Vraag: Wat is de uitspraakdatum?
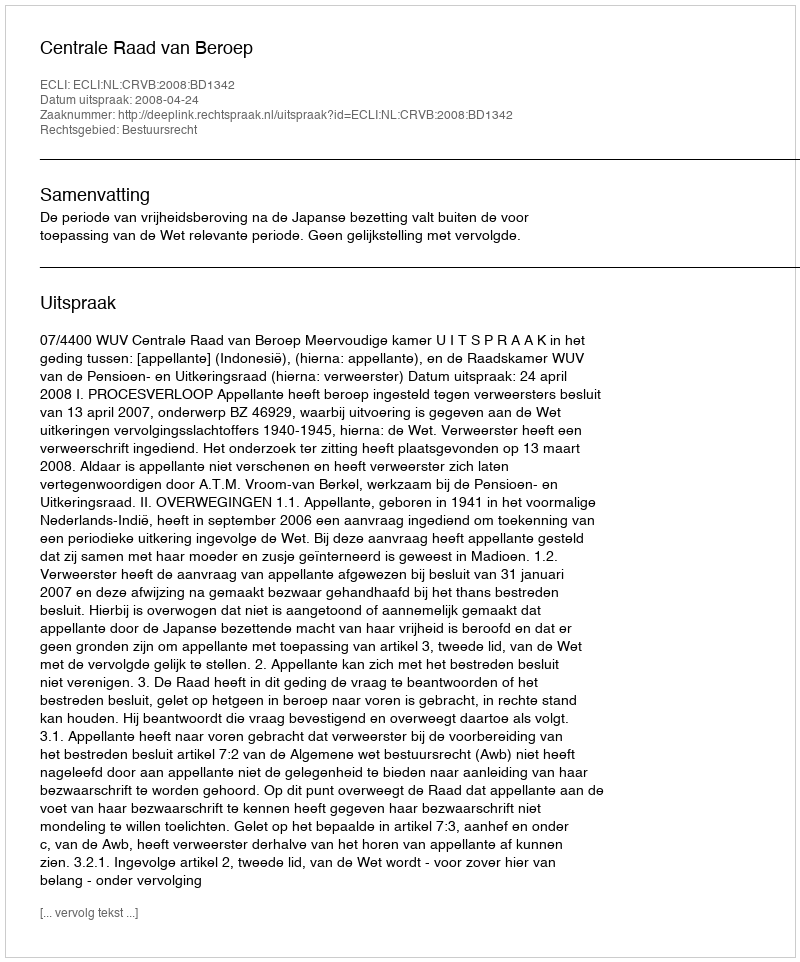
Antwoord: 2008-04-24